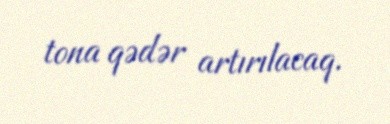
tona qədər artırılacaq.